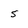
Character: 5